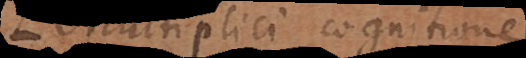
multiplici cognitione